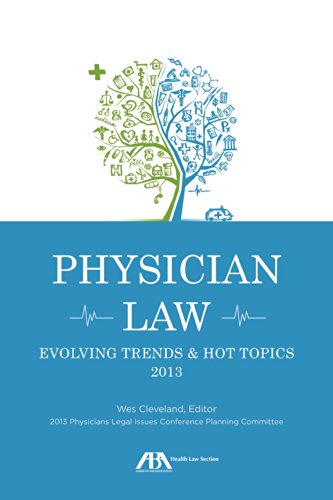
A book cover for Physician Law: Evolving Trends & Hot Topics 2013; Wes M. Cleveland; Law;